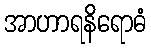
အာဟာရနိရောဓံ